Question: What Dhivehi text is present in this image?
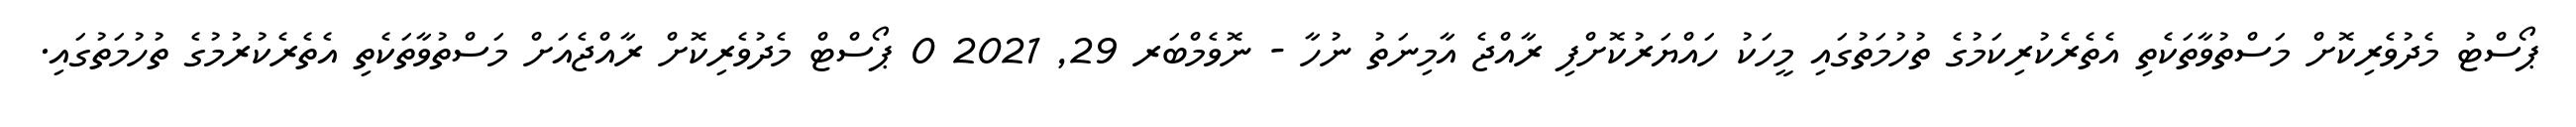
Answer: ޕޯސްޓު މެދުވެރިކޮށް މަސްތުވާތަކެތި އެތެރެކުރިކަމުގެ ތުހުމަތުގައި މީހަކު ހައްޔަރުކޮށްފި ރާއްޖެ އާމިނަތު ނުހާ - ނޮވެމްބަރ 29, 2021 0 ޕޯސްޓް މެދުވެރިކޮށް ރާއްޖެއަށް މަސްތުވާތަކެތި އެތެރެކުރުމުގެ ތުހުމަތުގައި.